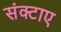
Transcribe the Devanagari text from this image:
संक्टाए